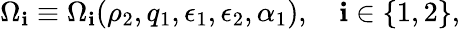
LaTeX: \Omega_{\mathbf{i}}\equiv\Omega_{\mathbf{i}}(\rho_{2},q_{1},\epsilon_{1},\epsilon_{2},\alpha_{1}),\quad\mathbf{i}\in\{ 1,2\} ,